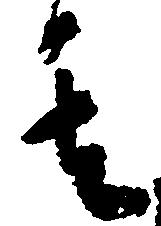
其